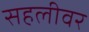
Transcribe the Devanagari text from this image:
सहलीवर